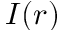
I ( r )